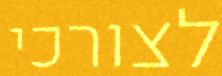
לצורכי